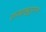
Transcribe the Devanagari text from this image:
राजसश्चतुराननः